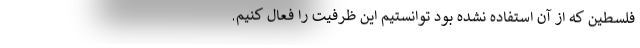
فلسطین که از آن استفاده نشده بود توانستیم این ظرفیت را فعال کنیم.